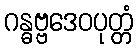
ဂန္ဓဗ္ဗဒေဝပုတ္တံ